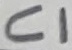
Text: C1